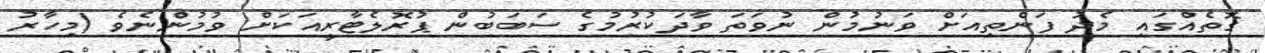
ގޮތެއްގައި މެދު ފަންތިއަށް ވަނުމުން ނުވަތަ ވާދަކުރުމުގެ ސަބަބުން ޕުރޮލެޓާރީއަކަށް ވުމުންނެވެ (މިހާރު